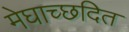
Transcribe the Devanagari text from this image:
मेघाच्छदित